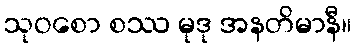
သုဝစော စဿ မုဒု အနတိမာနီ။